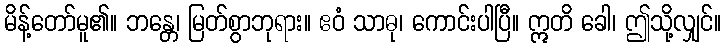
မိန့်တော်မူ၏။ ဘန္တေ၊ မြတ်စွာဘုရား။ ဧဝံ သာဓု၊ ကောင်းပါပြီ။ ဣတိ ခေါ၊ ဤသို့လျှင်။